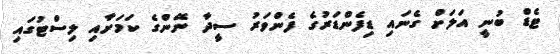
ޓެޑް ބުނީ އަލަށް ގެނައި ޑިފެންޑަރުގެ ފެންވަރު ސީދާ ނޭންގެ ކަމަށާއި ލިސްޓުގައި